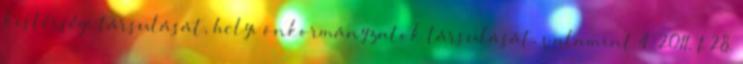
kistérségi társulását, helyi önkormányzatok társulását, valamint 4 2011. I. 28.